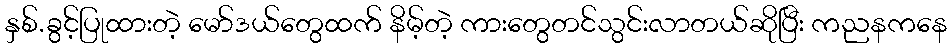
နှစ်.ခွင့်ပြုထားတဲ့ မော်ဒယ်တွေထက် နိမ့်တဲ့ ကားတွေတင်သွင်းလာတယ်ဆိုပြီး ကညနကနေ